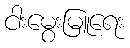
ငါးမွေးမြူရေး